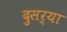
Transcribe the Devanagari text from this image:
दुसर्या